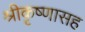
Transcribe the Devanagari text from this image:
श्रीकृष्णासह